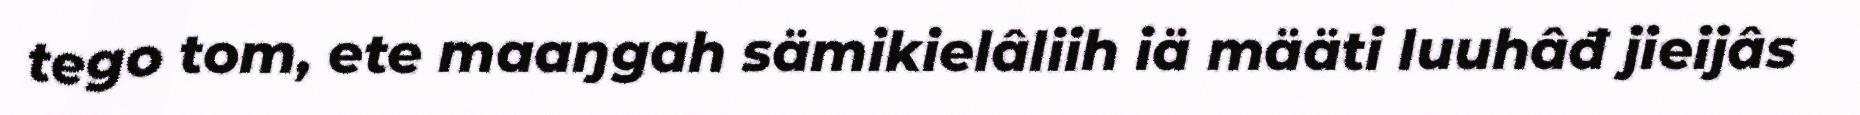
tego tom, ete maaŋgah sämikielâliih iä määti luuhâđ jieijâs